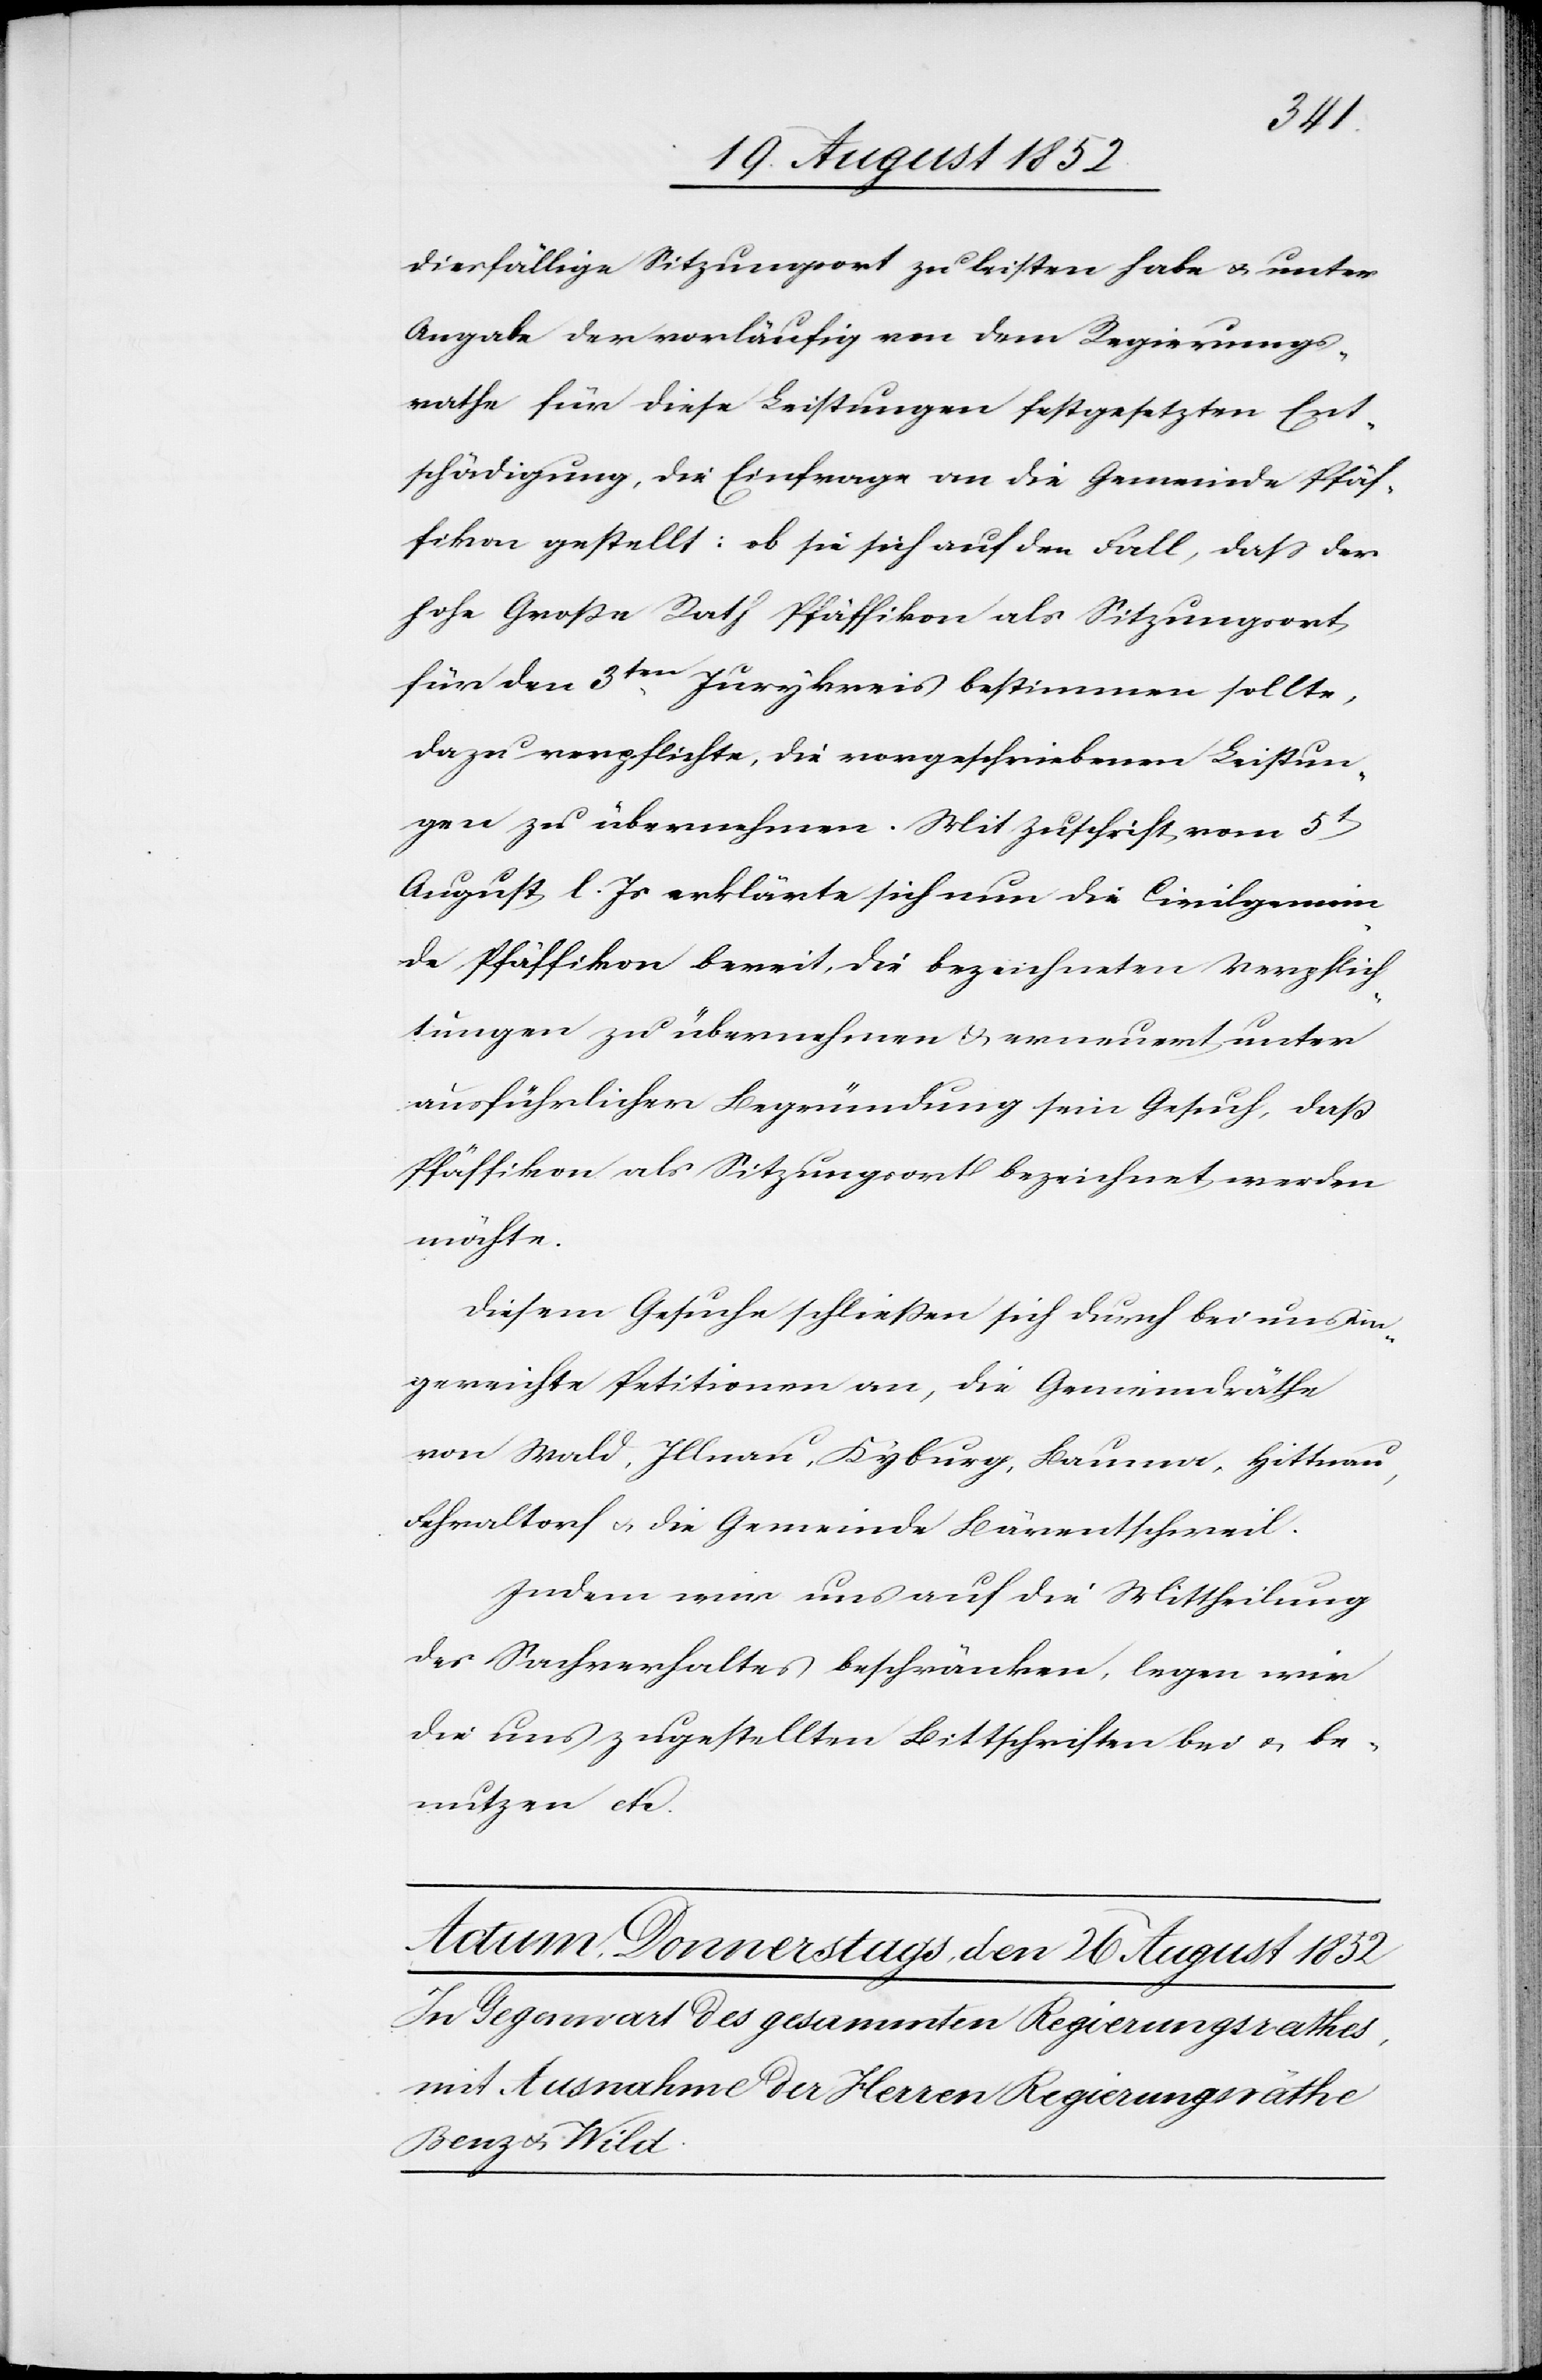
diesfällige Sitzungsort zu leisten habe & unter
Angabe der vorläufig von dem Regierungs¬
rathe für diese Leistungen festgesetzten Ent¬
schädigung, die Einfrage an die Gemeinde Pfäf¬
fikon gestellt: ob sie sich auf den Fall, dass der
hohe Große Rath Pfäffikon als Sitzungsort
für den 3ten Jurykreis bestimmen sollte,
dazu verpflichte, die vorgeschriebenen Leistun¬
gen zu übernehmen. Mit Zuschrift vom 5t
August l. Js erklärte sich nun die Civilgemein¬
de Pfäffikon bereit, die bezeichneten Verpflich¬
tungen zu übernehmen & erneuert unter
ausführlicher Begründung sein Gesuch, daß
Pfäffikon als Sitzungsort bezeichnet werden
möchte.
Diesem Gesuche schließen sich durch bei uns ein¬
gereichte Petitionen an, die Gemeindräthe
von Wald, Illnau, Kyburg, Bauma, Hittnau,
Fehraltorf & die Gemeinde Bärentschweil.
Indem wir uns auf die Mittheilung
des Sachverhaltes beschränken, legen wir
die uns zugestellten Bittschriften bei & be¬
nutzen etc.